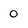
Character: 0